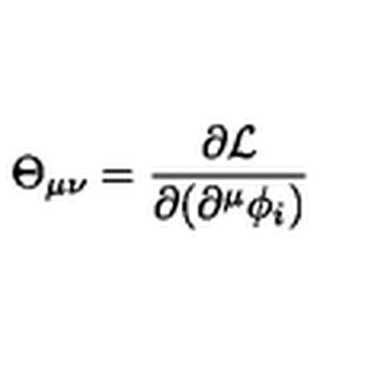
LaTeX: \Theta _ { \mu \nu } = \frac { \partial { \cal L } } { \partial ( \partial ^ { \mu } \phi _ { i } ) }